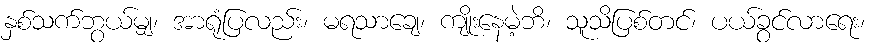
နှစ်သက်ဘွယ်မျှ၊ အာရုံပြလည်း၊ မရသာချေ၊ ကျိုးနေမဲ့ဘိ၊ သူသိပြစ်တင်၊ ပယ်ခွင်လာရေး၊